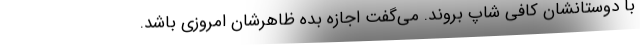
با دوستانشان کافی شاپ بروند. می‌گفت اجازه بده ظاهرشان امروزی باشد.